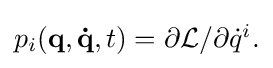
{\textstyle p_{i}(\mathbf {q} ,\mathbf {\dot {q}} ,t)=\partial {\mathcal {L}}/\partial {\dot {q}}^{i}.}